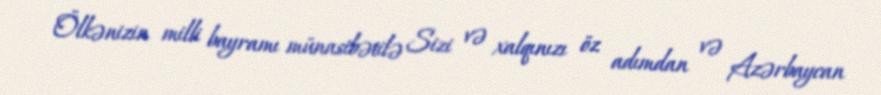
Ölkənizin milli bayramı münasibətilə Sizi və xalqınızı öz adımdan və Azərbaycan